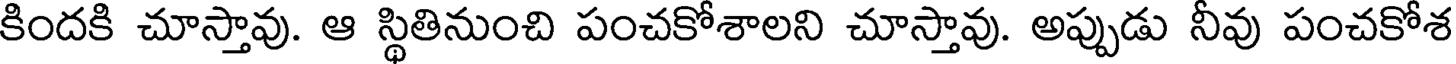
కిందకి చూస్తావు. ఆ స్థితినుంచి పంచకోశాలని చూస్తావు. అప్పుడు నీవు పంచకోశ